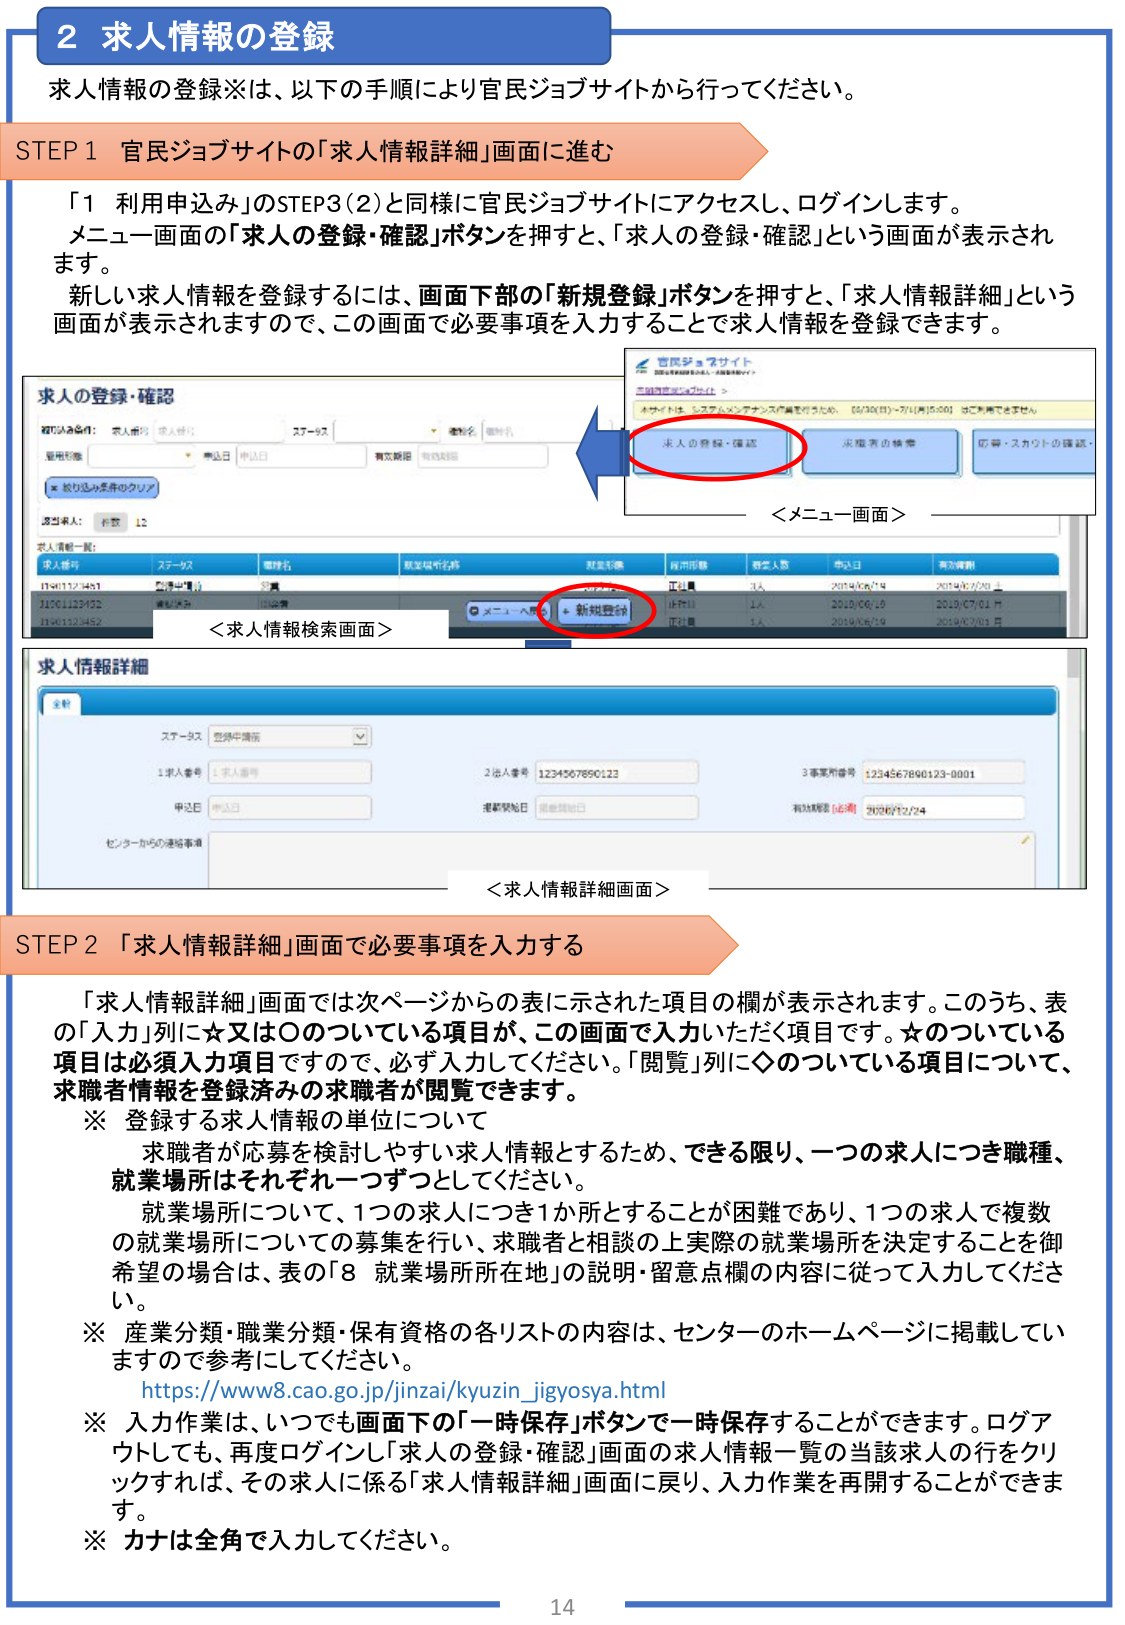
2 求人情報の登録
求人情報の登録※は、以下の手順により官民ジョブサイトから行ってください。

STEP 1 官民ジョブサイトの「求人情報詳細」画面に進む
「1 利用申込み」のSTEP3(2)と同様に官民ジョブサイトにアクセスし、ログインします。
メニュー画面の「求人の登録・確認」ボタンを押すと、「求人の登録・確認」という画面が表示されます。
新しい求人情報を登録するには、画面下部の「新規登録」ボタンを押すと、「求人情報詳細」という画面が表示されますので、この画面で必要事項を入力することで求人情報を登録できます。

＜メニュー画面＞
官民ジョブサイト
求人情報詳細画面＞
求人の登録・確認
求職者の検索
応募・スカウトの確認

＜求人情報検索画面＞
求人の登録・確認
検索条件：求人番号 求人種別 ステータス 職種名 職種名
雇用形態 申込日 申込日 有効期限 有効期限
※ 検索条件のクリア
選択求人：件数 12
求人情報一覧：
求人番号 ステータス 職種名 雇用形態 職業形態 募集人数 申込日 有効期限
11901123451 開催中 事務 正社員 1人 2019/06/19 2019/07/20
11901123452 開催中 事務 正社員 1人 2019/06/19 2019/07/20
11901123453 開催中 事務 正社員 1人 2019/06/19 2019/07/20
メニューへ戻る 新規登録

＜求人情報詳細画面＞
求人情報詳細
全般
ステータス 登録中提示
1 求人番号 1 求人番号
2 法人番号 1234567890123
3 事業所番号 1234567890123-0001
申込日 申込日
掲載開始日 掲載開始日
有効期限（必須） 2020/12/24
センターからの連絡事項

STEP 2 「求人情報詳細」画面で必要事項を入力する
「求人情報詳細」画面では次ページからの表に示された項目の欄が表示されます。このうち、表の「入力」列に☆又は○のついている項目が、この画面で入力いただく項目です。☆のついている項目は必須入力項目ですので、必ず入力してください。「閲覧」列に◇のついている項目について、求職者情報を登録済みの求職者が閲覧できます。

※ 登録する求人情報の単位について
求職者が応募を検討しやすい求人情報とするため、できる限り、一つの求人につき職種、就業場所はそれぞれ一つずつとしてください。
就業場所について、1つの求人につき1か所とすることが困難であり、1つの求人で複数の就業場所についての募集を行い、求職者と相談の上実際の就業場所を決定することを御希望の場合は、表の「8 就業場所所在地」の説明・留意点欄の内容に従って入力してください。

※ 産業分類・職業分類・保有資格の各リストの内容は、センターのホームページに掲載していますので参考にしてください。
https://www8.cao.go.jp/jinzai/kyuzin_jigyosya.html

※ 入力作業は、いつでも画面下の「一時保存」ボタンで一時保存することができます。ログアウトしても、再度ログインし「求人の登録・確認」画面の求人情報一覧の当該求人の行をクリックすれば、その求人に係る「求人情報詳細」画面に戻り、入力作業を再開することができます。

※ カナは全角で入力してください。

14